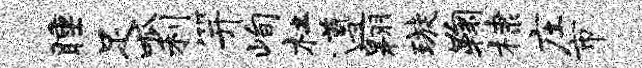
睡足呱利笄峋杜遵翱璇鞠棣庄市